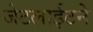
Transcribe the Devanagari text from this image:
जेटलाईटने